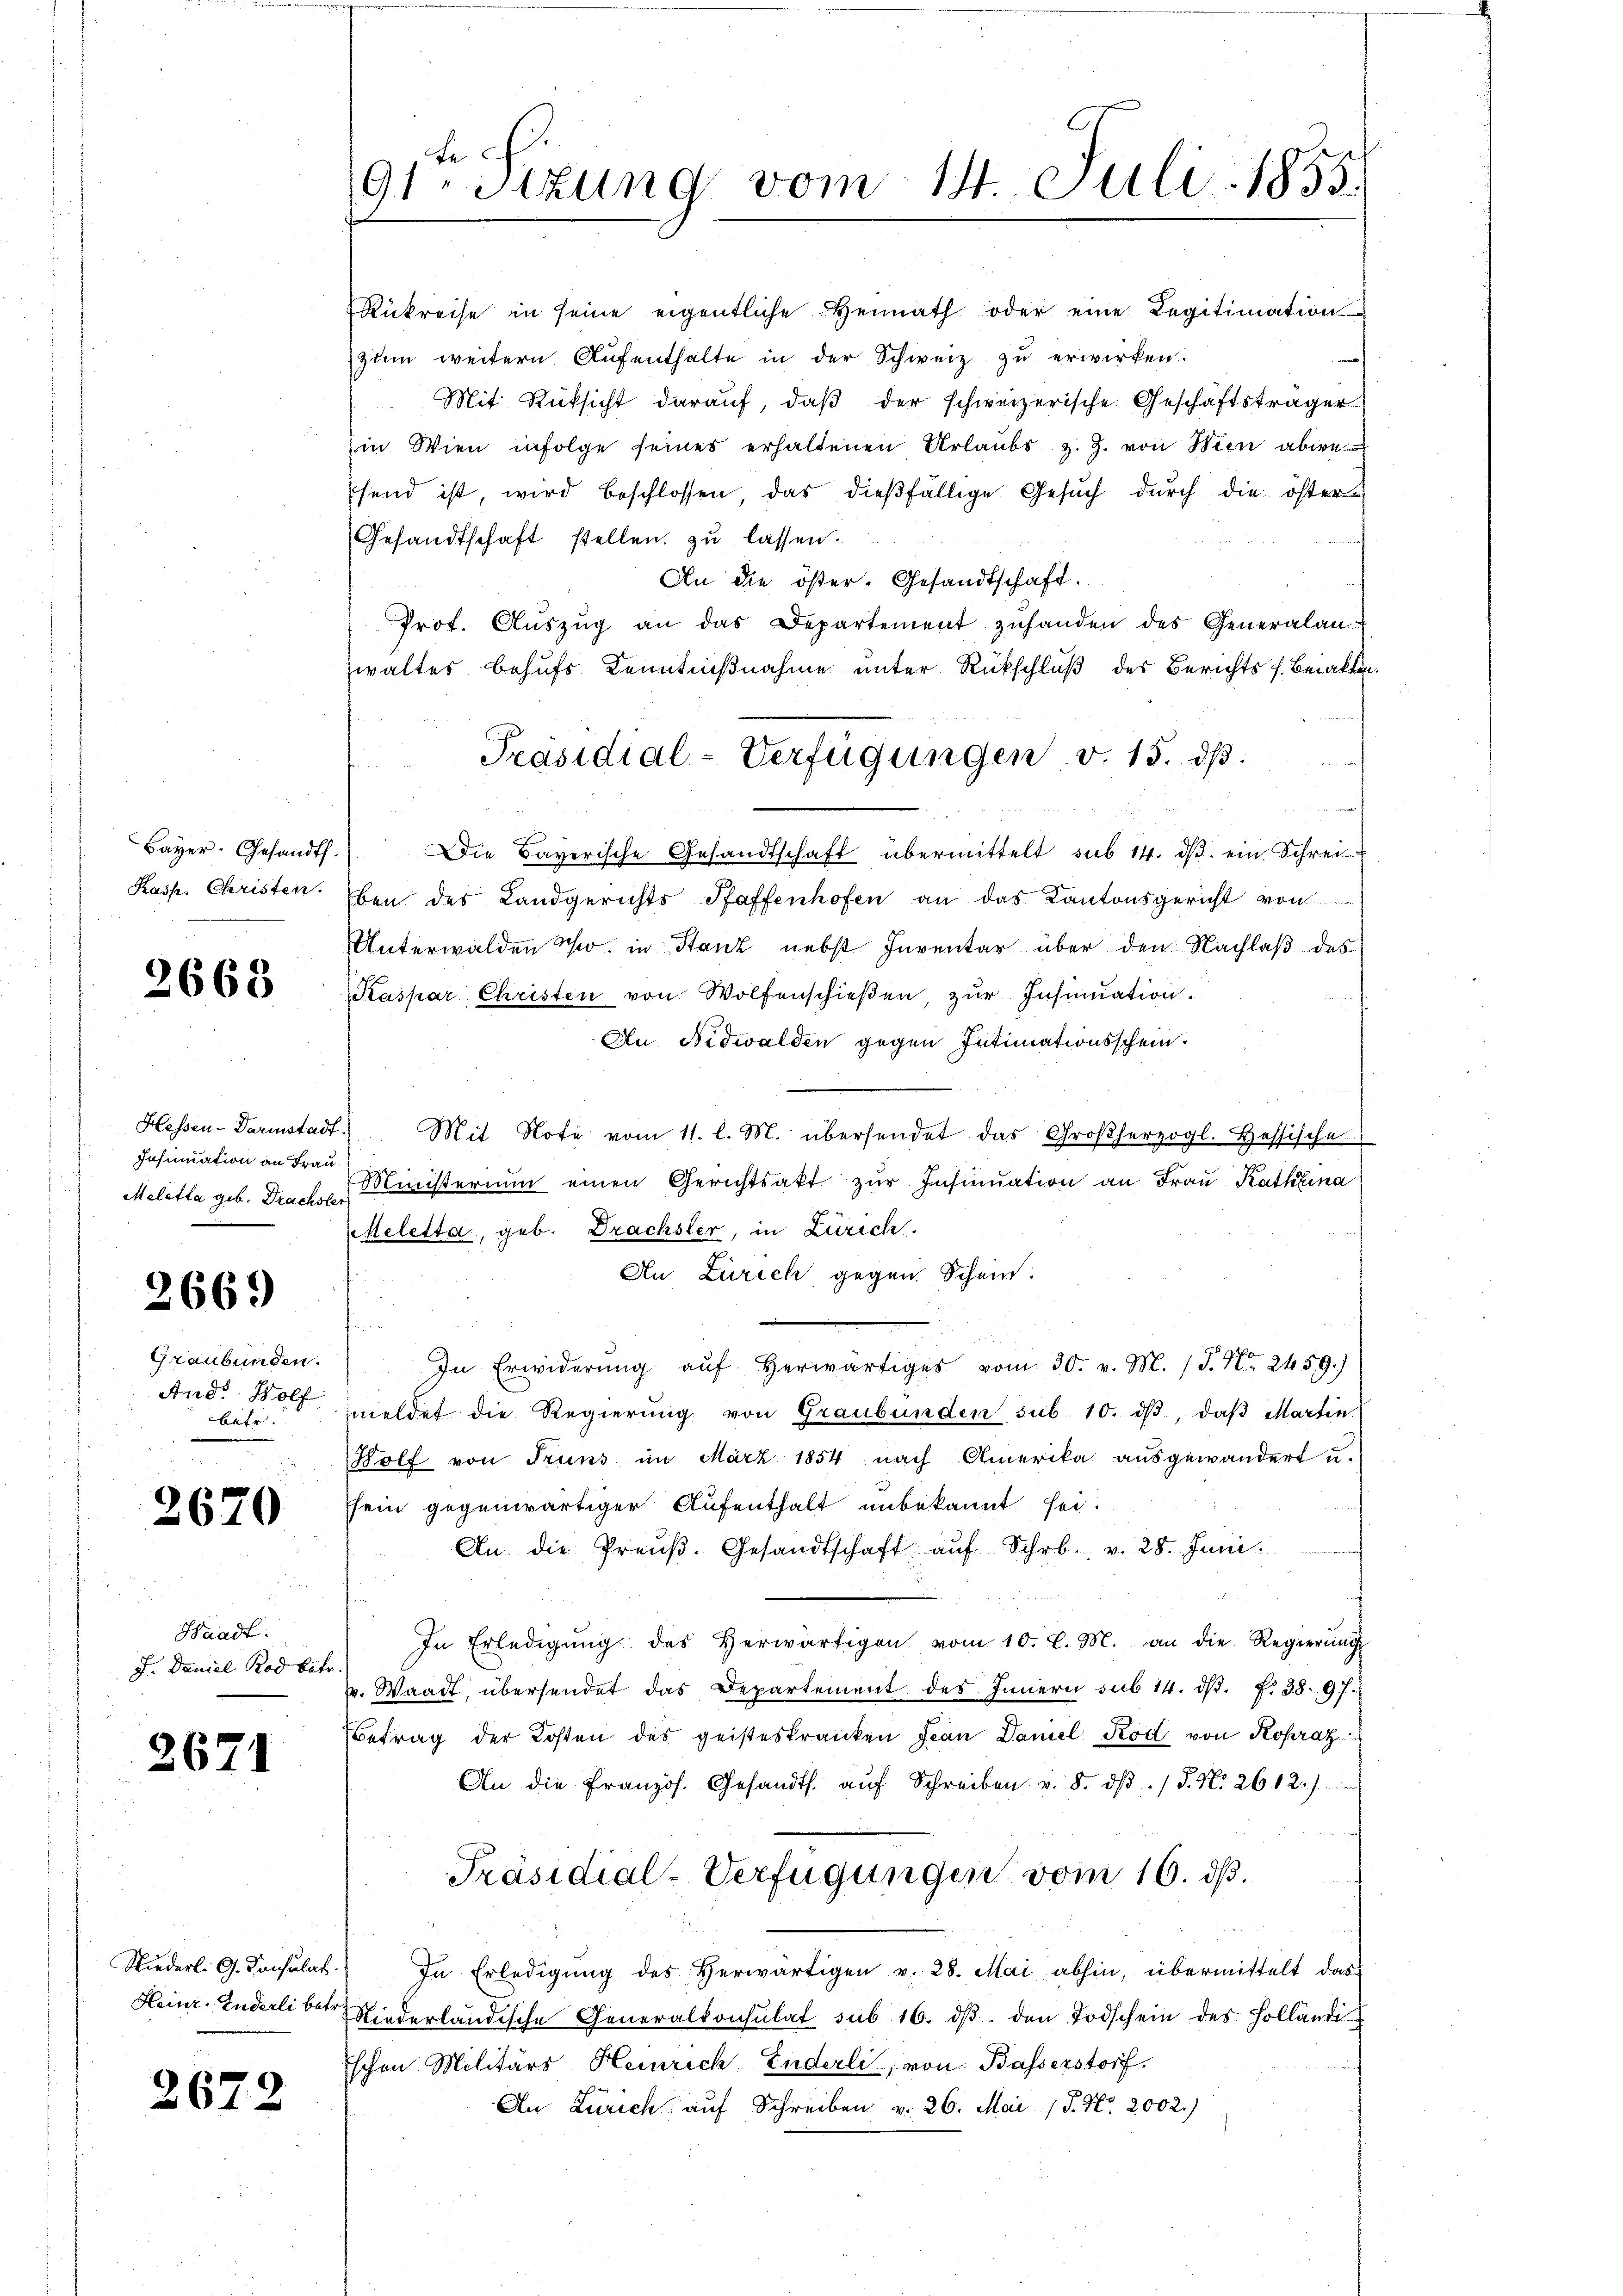
Bayer. Gesandth.
Kasp. Christen.

2668

Hessen-Darmstadt
Insinuation an Frau
Meletta geb. Drachste

2669

Graubünden.
And. Wolf
betr.

2670

Hradt.
J. Daniel Rod betr

2671

Niederl. G. Consulat
Heinr. Zuderli betr.

2672

9Stzung vom 14. Juli 1855.

Rükreise in seine eigentliche Heimath oder eine Legitimation
zum weitern Aŭfenthalte in der Schweiz zŭ erwirken.
Mit Rüksicht darauf, daß der schweizerische Geschäftsträger
in Wien infolge seines erhaltenen Urlaubs z. Z. von Wien abwefend ist, wird beschlossen, das dießfällige Gesuch durch die öster-
Gesandtschaft stellen zu lassen.
An die öster. Gesandtschaft.
Prot. Aŭszŭg an das Departement zŭhanden des Generalan-
waltes behufs Kenntnißnahme unter Rückschluß des Berichts s. Beraten
Die Baverische Gesandtschaft übermittelt sub 14. dβ. ein Schrei-
ben des Landgerichts-Pfaffenhofen an das Kantonsgericht von
Unterwalden W. in Stanz nebst Inventar über den Nachlaß des
Kaspar Christen von Wolfenschieβen, zŭr Insinuation.
Au Nidwalden gegen Intimationsschein.
Mit Note vom 11. l. M. übersendet das Großherzogl. Hessische
Ministerium einen Gerichtsakt zŭr Insinuation an Fraŭ Kathrina
Meletta, geb. Drachsler, in Zürich.
An Zürich, gegen Schein.
In Erwiderŭng aŭf herwärtiges vom 30. v. M. P. Nr. 2459.)
meldet die Regierŭng von Graubünden sub. 10. dβ, daβ Martin
Holf von Truns im März 1854 nach Amerika ausgewandert u.
sein gegenwärtiger Aufenthalt unbekannt sei.
An die Preŭβ. Gesandtschaft aŭf Schr. v. 28. Juni.
In Erledigŭng des herwärtigen vom 10. l. M. an die Regierŭng
v. Waadt, übersendet das Departement des Innern sub 14. ds. f. 38. 97.
Betrag der Kosten des geisteskranken Jean Daniel Rod von Kopraz
An die Französ. Gesandts. aŭf Schreiben v. 8. dβ / P. N. 2612.)
Präsidial-Verfügungen vom 16. ds.
In Erledigŭng des herwärtigen v. 28. Mai abhin, übermittelt das
Niederländische Generalkonsulat sub 16. dβ. den Todschein des Holländi
Eschen Militärs Heinrich Enderli, von Basserstorf.
An Zürich auf Schreiben v. 26. Mai 15. No. 2002.)

Präsidial-Verfügungen v. 15. dß.